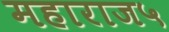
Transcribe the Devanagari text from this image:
महाराज५